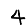
Digit: 4